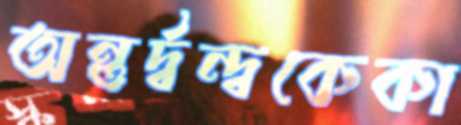
অন্তর্দ্বন্দ্বকেকা